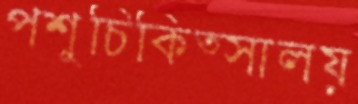
পশুচিকিত্সালয়